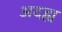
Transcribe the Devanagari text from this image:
अदह्य